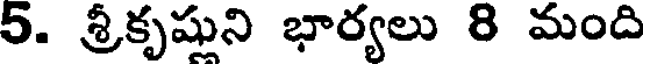
5. శ్రీకృషుని భార్యలు 8 మంది